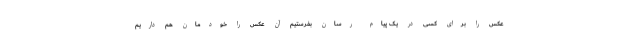
عکس را برای کسی در یک پیام رسان بفرستیم آن عکس را خودمان هم داریم